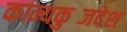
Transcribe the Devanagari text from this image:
कान्यकुब्जदेश